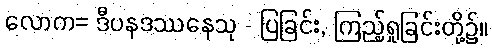
လောက= ဒီပနဒဿနေသု - ပြခြင်း, ကြည့်ရှုခြင်းတို့၌။